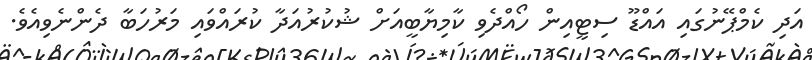
އަދި ކެމްޕޭނުގައި އައްޑޫ ސިޓީއިން ހޯއްދެވި ކާމިޔާބީއަށް ޝުކުރުއަދާ ކުރައްވައި މަރުހަބާ ދެންނެވިއެވެ.